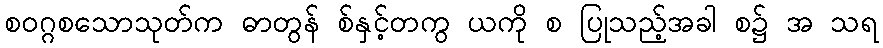
စဝဂ္ဂစသောသုတ်က ဓာတွန် စ်နှင့်တကွ ယကို စ ပြုသည့်အခါ စ၌ အ သရ